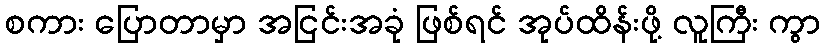
စကား ပြောတာမှာ အငြင်းအခုံ ဖြစ်ရင် အုပ်ထိန်းဖို့ လူကြီး ကွာ